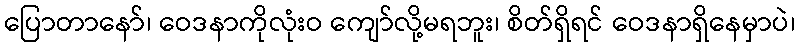
ပြောတာနော်၊ ဝေဒနာကိုလုံးဝ ကျော်လို့မရဘူး၊ စိတ်ရှိရင် ဝေဒနာရှိနေမှာပဲ၊